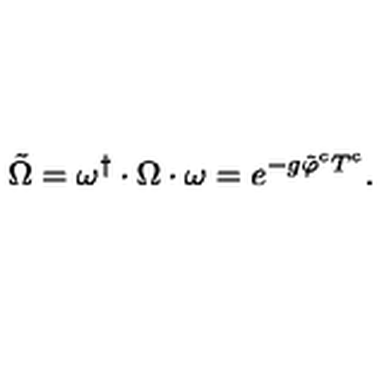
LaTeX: \tilde { \Omega } = \omega ^ { \dagger } \cdot \Omega \cdot \omega = e ^ { - g \tilde { \varphi } ^ { c } T ^ { c } } .